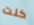
كنت